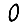
Digit: 0